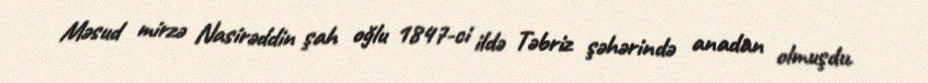
Məsud mirzə Nasirəddin şah oğlu 1847-ci ildə Təbriz şəhərində anadan olmuşdu.